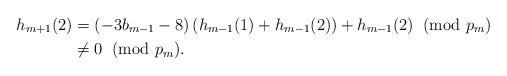
\begin{align*}h_{m+1}(2) & = \left(-3b_{m-1} - 8\right)\left(h_{m-1}(1) + h_{m-1}(2)\right) + h_{m-1}(2) \; \; (\textrm{mod }p_m) \\& \neq 0 \; \; (\textrm{mod }p_m).\end{align*}